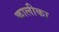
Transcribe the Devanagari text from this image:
कालीका